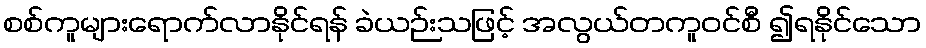
စစ်ကူများရောက်လာနိုင်ရန် ခဲယဉ်းသဖြင့် အလွယ်တကူဝင်စီ ၍ရနိုင်သော